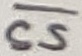
Text: CS